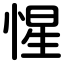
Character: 惺